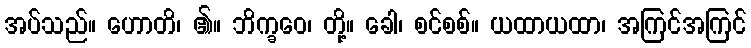
အပ်သည်။ ဟောတိ၊ ၏။ ဘိက္ခဝေ၊ တို့။ ခေါ၊ စင်စစ်။ ယထာယထာ၊ အကြင်အကြင်